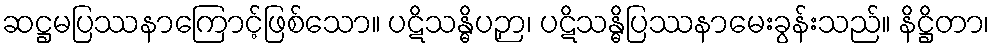
ဆဋ္ဌမပြဿနာကြောင့်ဖြစ်သော။ ပဋိသန္ဓိပဉှာ၊ ပဋိသန္ဓိပြဿနာမေးခွန်းသည်။ နိဋ္ဌိတာ၊